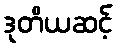
ဒုတိယဆင့်